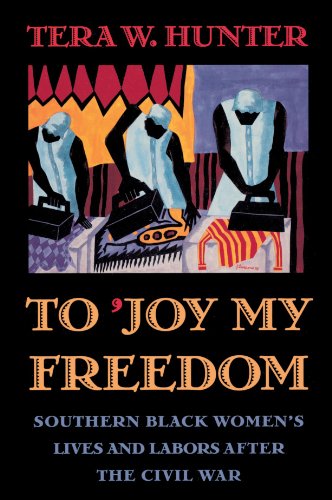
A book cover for To 'Joy My Freedom: Southern Black Women's Lives and Labors after the Civil War; Tera W. Hunter; Business & Money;